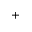
+